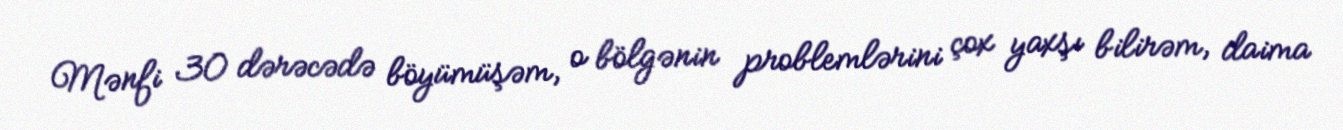
Mənfi 30 dərəcədə böyümüşəm, o bölgənin problemlərini çox yaxşı bilirəm, daima